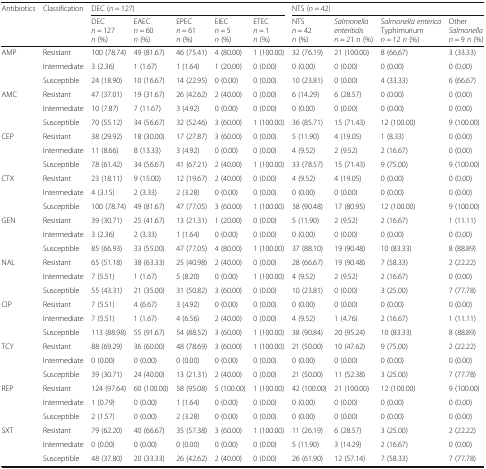
<table><thead><tr><td rowspan="2"><b>Antibiotics</b></td><td rowspan="2"><b>Classification</b></td><td colspan="5"><b>DEC (<i>n</i> = 127)</b></td><td colspan="4"><b>NTS (<i>n</i> = 42)</b></td></tr><tr><td><b>DEC <i>n</i> = 127 <i>n</i> (%)</b></td><td><b>EAEC <i>n</i> = 60 <i>n</i> (%)</b></td><td><b>EPEC <i>n</i> = 61 <i>n</i> (%)</b></td><td><b>EIEC <i>n</i> = 5 <i>n</i> (%)</b></td><td><b>ETEC <i>n</i> = 1 <i>n</i> (%)</b></td><td><b>NTS <i>n</i> = 42 <i>n</i> (%)</b></td><td><b><i>Salmonella enteritidis n</i> = 21 n (%)</b></td><td><b><i>Salmonella enterica</i> Typhimurium <i>n</i> = 12 <i>n</i> (%)</b></td><td><b>Other <i>Salmonella n</i> = 9 <i>n</i> (%)</b></td></tr></thead><tbody><tr><td rowspan="3">AMP</td><td>Resistant</td><td>100 (78.74)</td><td>49 (81.67)</td><td>46 (75.41)</td><td>4 (80.00)</td><td>1 (100.00)</td><td>32 (76.19)</td><td>21 (100.00)</td><td>8 (66.67)</td><td>3 (33.33)</td></tr><tr><td>Intermediate</td><td>3 (2.36)</td><td>1 (1.67)</td><td>1 (1.64)</td><td>1 (20.00)</td><td>0 (0.00)</td><td>0 (0.00)</td><td>0 (0.00)</td><td>0 (0.00)</td><td>0 (0.00)</td></tr><tr><td>Susceptible</td><td>24 (18.90)</td><td>10 (16.67)</td><td>14 (22.95)</td><td>0 (0.00)</td><td>0 (0.00)</td><td>10 (23.81)</td><td>0 (0.00)</td><td>4 (33.33)</td><td>6 (66.67)</td></tr><tr><td rowspan="3">AMC</td><td>Resistant</td><td>47 (37.01)</td><td>19 (31.67)</td><td>26 (42.62)</td><td>2 (40.00)</td><td>0 (0.00)</td><td>6 (14.29)</td><td>6 (28.57)</td><td>0 (0.00)</td><td>0 (0.00)</td></tr><tr><td>Intermediate</td><td>10 (7.87)</td><td>7 (11.67)</td><td>3 (4.92)</td><td>0 (0.00)</td><td>0 (0.00)</td><td>0 (0.00)</td><td>0 (0.00)</td><td>0 (0.00)</td><td>0 (0.00)</td></tr><tr><td>Susceptible</td><td>70 (55.12)</td><td>34 (56.67)</td><td>32 (52.46)</td><td>3 (60.00)</td><td>1 (100.00)</td><td>36 (85.71)</td><td>15 (71.43)</td><td>12 (100.00)</td><td>9 (100.00)</td></tr><tr><td rowspan="3">CEP</td><td>Resistant</td><td>38 (29.92)</td><td>18 (30.00)</td><td>17 (27.87)</td><td>3 (60.00)</td><td>0 (0.00)</td><td>5 (11.90)</td><td>4 (19.05)</td><td>1 (8.33)</td><td>0 (0.00)</td></tr><tr><td>Intermediate</td><td>11 (8.66)</td><td>8 (13.33)</td><td>3 (4.92)</td><td>0 (0.00)</td><td>0 (0.00)</td><td>4 (9.52)</td><td>2 (9.52)</td><td>2 (16.67)</td><td>0 (0.00)</td></tr><tr><td>Susceptible</td><td>78 (61.42)</td><td>34 (56.67)</td><td>41 (67.21)</td><td>2 (40.00)</td><td>1 (100.00)</td><td>33 (78.57)</td><td>15 (71.43)</td><td>9 (75.00)</td><td>9 (100.00)</td></tr><tr><td rowspan="3">CTX</td><td>Resistant</td><td>23 (18.11)</td><td>9 (15.00)</td><td>12 (19.67)</td><td>2 (40.00)</td><td>0 (0.00)</td><td>4 (9.52)</td><td>4 (19.05)</td><td>0 (0.00)</td><td>0 (0.00)</td></tr><tr><td>Intermediate</td><td>4 (3.15)</td><td>2 (3.33)</td><td>2 (3.28)</td><td>0 (0.00)</td><td>0 (0.00)</td><td>0 (0.00)</td><td>0 (0.00)</td><td>0 (0.00)</td><td>0 (0.00)</td></tr><tr><td>Susceptible</td><td>100 (78.74)</td><td>49 (81.67)</td><td>47 (77.05)</td><td>3 (60.00)</td><td>1 (100.00)</td><td>38 (90.48)</td><td>17 (80.95)</td><td>12 (100.00)</td><td>9 (100.00)</td></tr><tr><td rowspan="3">GEN</td><td>Resistant</td><td>39 (30.71)</td><td>25 (41.67)</td><td>13 (21.31)</td><td>1 (20.00)</td><td>0 (0.00)</td><td>5 (11.90)</td><td>2 (9.52)</td><td>2 (16.67)</td><td>1 (11.11)</td></tr><tr><td>Intermediate</td><td>3 (2.36)</td><td>2 (3.33)</td><td>1 (1.64)</td><td>0 (0.00)</td><td>0 (0.00)</td><td>0 (0.00)</td><td>0 (0.00)</td><td>0 (0.00)</td><td>0 (0.00)</td></tr><tr><td>Susceptible</td><td>85 (66.93)</td><td>33 (55.00)</td><td>47 (77.05)</td><td>4 (80.00)</td><td>1 (100.00)</td><td>37 (88.10)</td><td>19 (90.48)</td><td>10 (83.33)</td><td>8 (88.89)</td></tr><tr><td rowspan="3">NAL</td><td>Resistant</td><td>65 (51.18)</td><td>38 (63.33)</td><td>25 (40.98)</td><td>2 (40.00)</td><td>0 (0.00)</td><td>28 (66.67)</td><td>19 (90.48)</td><td>7 (58.33)</td><td>2 (22.22)</td></tr><tr><td>Intermediate</td><td>7 (5.51)</td><td>1 (1.67)</td><td>5 (8.20)</td><td>0 (0.00)</td><td>1 (100.00)</td><td>4 (9.52)</td><td>2 (9.52)</td><td>2 (16.67)</td><td>0 (0.00)</td></tr><tr><td>Susceptible</td><td>55 (43.31)</td><td>21 (35.00)</td><td>31 (50.82)</td><td>3 (60.00)</td><td>0 (0.00)</td><td>10 (23.81)</td><td>0 (0.00)</td><td>3 (25.00)</td><td>7 (77.78)</td></tr><tr><td rowspan="3">CIP</td><td>Resistant</td><td>7 (5.51)</td><td>4 (6.67)</td><td>3 (4.92)</td><td>0 (0.00)</td><td>0 (0.00)</td><td>0 (0.00)</td><td>0 (0.00)</td><td>0 (0.00)</td><td>0 (0.00)</td></tr><tr><td>Intermediate</td><td>7 (5.51)</td><td>1 (1.67)</td><td>4 (6.56)</td><td>2 (40.00)</td><td>0 (0.00)</td><td>4 (9.52)</td><td>1 (4.76)</td><td>2 (16.67)</td><td>1 (11.11)</td></tr><tr><td>Susceptible</td><td>113 (88.98)</td><td>55 (91.67)</td><td>54 (88.52)</td><td>3 (60.00)</td><td>1 (100.00)</td><td>38 (90.84)</td><td>20 (95.24)</td><td>10 (83.33)</td><td>8 (88.89)</td></tr><tr><td rowspan="3">TCY</td><td>Resistant</td><td>88 (69.29)</td><td>36 (60.00)</td><td>48 (78.69)</td><td>3 (60.00)</td><td>1 (100.00)</td><td>21 (50.00)</td><td>10 (47.62)</td><td>9 (75.00)</td><td>2 (22.22)</td></tr><tr><td>Intermediate</td><td>0 (0.00)</td><td>0 (0.00)</td><td>0 (0.00)</td><td>0 (0.00)</td><td>0 (0.00)</td><td>0 (0.00)</td><td>0 (0.00)</td><td>0 (0.00)</td><td>0 (0.00)</td></tr><tr><td>Susceptible</td><td>39 (30.71)</td><td>24 (40.00)</td><td>13 (21.31)</td><td>2 (40.00)</td><td>0 (0.00)</td><td>21 (50.00)</td><td>11 (52.38)</td><td>3 (25.00)</td><td>7 (77.78)</td></tr><tr><td rowspan="3">REP</td><td>Resistant</td><td>124 (97.64)</td><td>60 (100.00)</td><td>58 (95.08)</td><td>5 (100.00)</td><td>1 (100.00)</td><td>42 (100.00)</td><td>21 (100.00)</td><td>12 (100.00)</td><td>9 (100.00)</td></tr><tr><td>Intermediate</td><td>1 (0.79)</td><td>0 (0.00)</td><td>1 (1.64)</td><td>0 (0.00)</td><td>0 (0.00)</td><td>0 (0.00)</td><td>0 (0.00)</td><td>0 (0.00)</td><td>0 (0.00)</td></tr><tr><td>Susceptible</td><td>2 (1.57)</td><td>0 (0.00)</td><td>2 (3.28)</td><td>0 (0.00)</td><td>0 (0.00)</td><td>0 (0.00)</td><td>0 (0.00)</td><td>0 (0.00)</td><td>0 (0.00)</td></tr><tr><td rowspan="3">SXT</td><td>Resistant</td><td>79 (62.20)</td><td>40 (66.67)</td><td>35 (57.38)</td><td>3 (60.00)</td><td>1 (100.00)</td><td>11 (26.19)</td><td>6 (28.57)</td><td>3 (25.00)</td><td>2 (22.22)</td></tr><tr><td>Intermediate</td><td>0 (0.00)</td><td>0 (0.00)</td><td>0 (0.00)</td><td>0 (0.00)</td><td>0 (0.00)</td><td>5 (11.90)</td><td>3 (14.29)</td><td>2 (16.67)</td><td>0 (0.00)</td></tr><tr><td>Susceptible</td><td>48 (37.80)</td><td>20 (33.33)</td><td>26 (42.62)</td><td>2 (40.00)</td><td>0 (0.00)</td><td>26 (61.90)</td><td>12 (57.14)</td><td>7 (58.33)</td><td>7 (77.78)</td></tr></tbody></table>